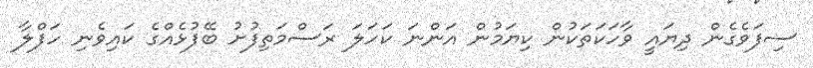
ސިފަވެގެން ދިޔައީ ވާހަކަތަކުން ކިޔަމުން އަންނަ ކަހަލަ ރަސްމަތިފުށު ބޭފުޅެއްގެ ކައިވެނި ހަފްލާ